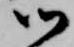
御